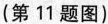
（第11题图）